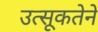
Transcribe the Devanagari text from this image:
उत्सूकतेने